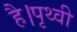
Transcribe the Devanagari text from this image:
है।पृथ्वी